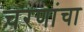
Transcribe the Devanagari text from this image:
चरणांचा